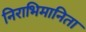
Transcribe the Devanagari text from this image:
निराभिमानिता